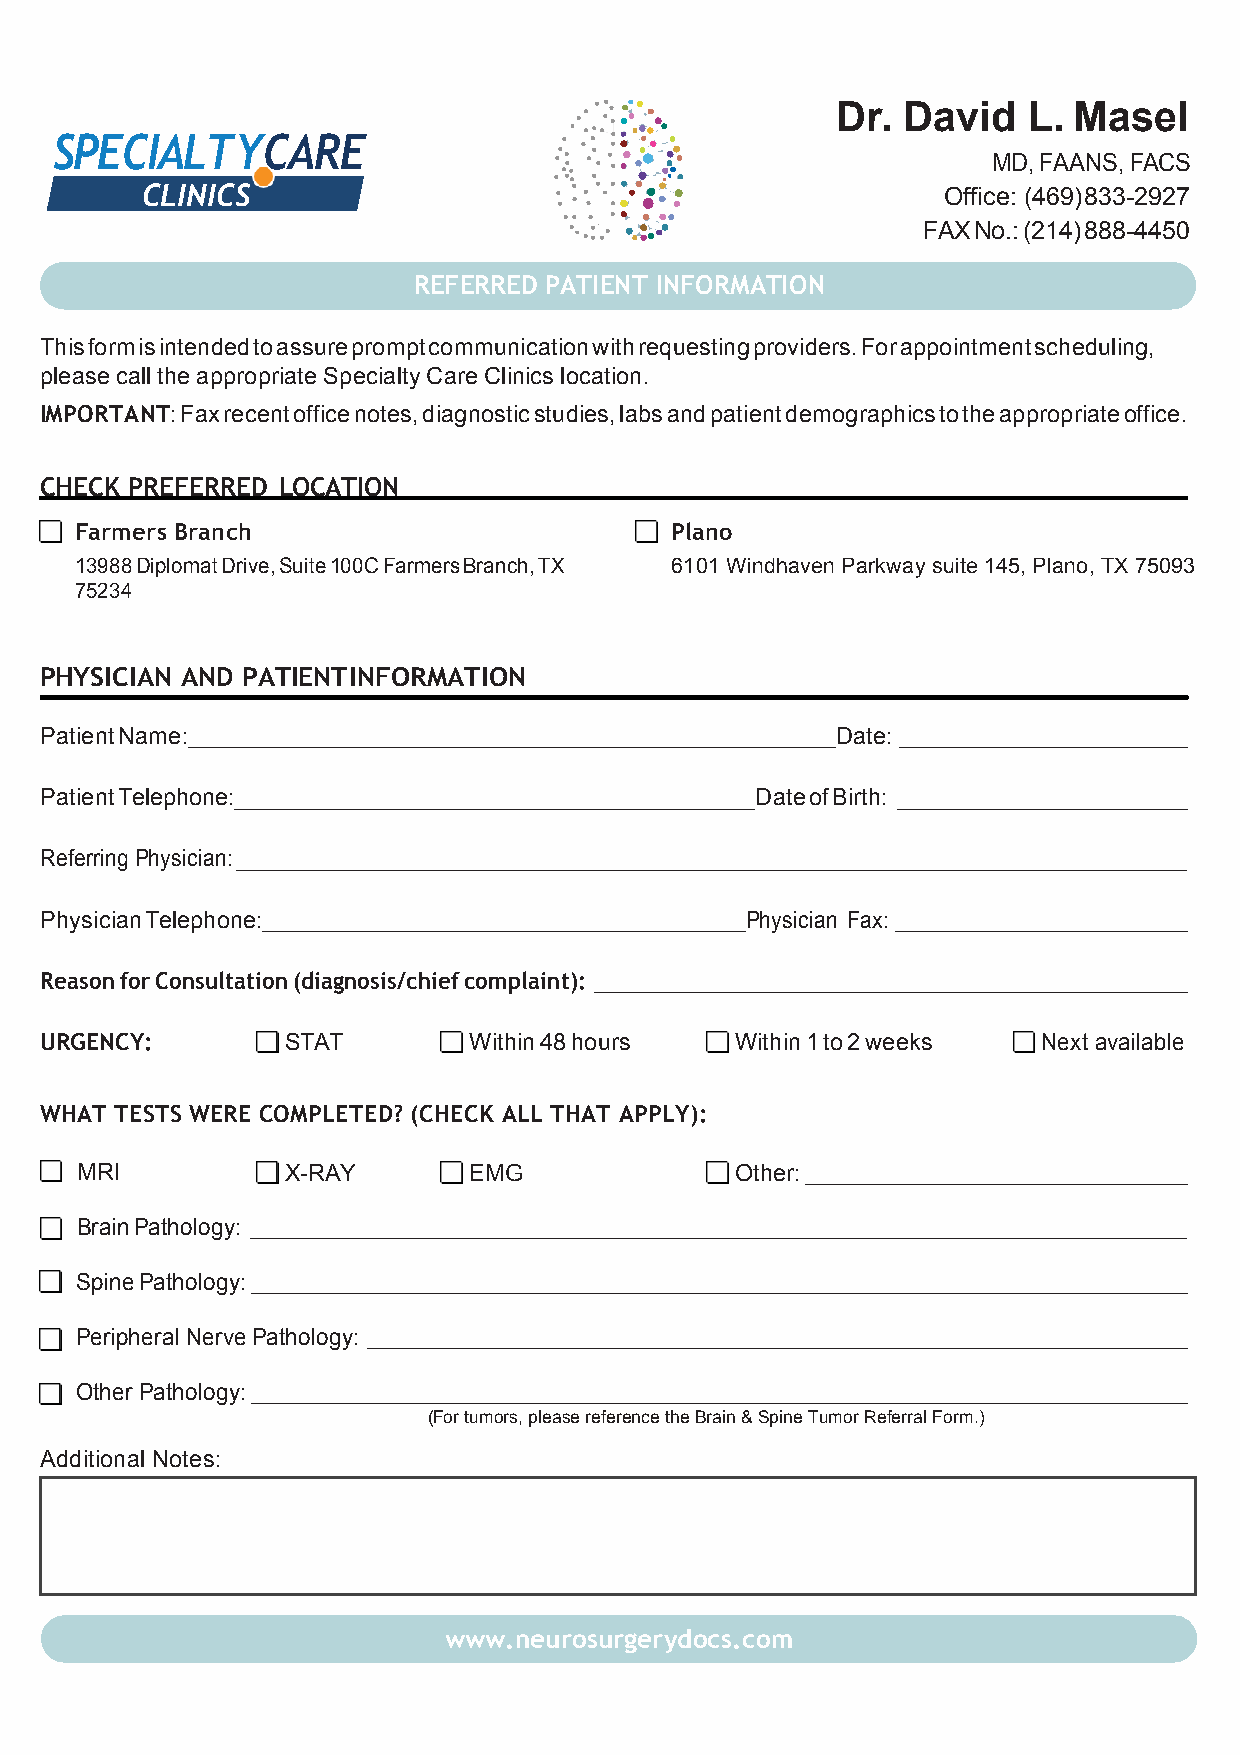
Dr.  David   L. Masel
 SPECIALTYCARE
 MD, FAANS, FACS
 CLINICS                                               Office: (469) 833-2927
 FAX No.: (214) 888-4450
 REFERRED PATIENT INFORMATION
 This form is intended to assure prompt communication with requesting providers. For appointment scheduling,
 please call the appropriate Specialty Care Clinics location.
 IMPORTANT: Fax recent office notes, diagnostic studies, labs and patient demographics to the appropriate office.
 CHECK PREFERRED LOCATION
 Farmers Branch                         Plano
 13988 Diplomat Drive, Suite 100C Farmers Branch, TX 6101 Windhaven Parkway suite 145, Plano, TX 75093
 75234
 PHYSICIAN AND PATIENT INFORMATION
 Patient Name:                                       Date:
 Patient Telephone:                             Date of Birth:
 Referring Physician:
 Physician Telephone:                          Physician Fax:
 Reason for Consultation (diagnosis/chief complaint):
 URGENCY:        STAT        Within 48 hours   Within 1 to 2 weeks Next available
 WHAT TESTS WERE COMPLETED? (CHECK ALL THAT APPLY):
 MRI           X-RAY       EMG               Other:
 Brain Pathology:
 Spine Pathology:
 Peripheral Nerve Pathology:
 Other Pathology:
 (For tumors, please reference the Brain & Spine Tumor Referral Form.)
 Additional Notes:
 www.neurosurgerydocs.com